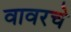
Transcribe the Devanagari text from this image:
वावरचे